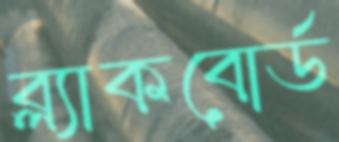
ব্ল্যাকবোর্ড